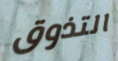
التذوق